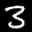
Label: 3